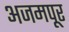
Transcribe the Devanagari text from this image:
अजमपूर